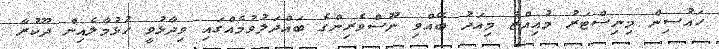
ހައުސިން މިނިސްޓަރު މުއިއްޒު މިއަދު ބޭއްވި ނޫސްވެރިންގެ ބައްދަލުވުމެއްގައި ވިދާޅުވީ ހުޅުމާލެއިން ދޫކުރާ